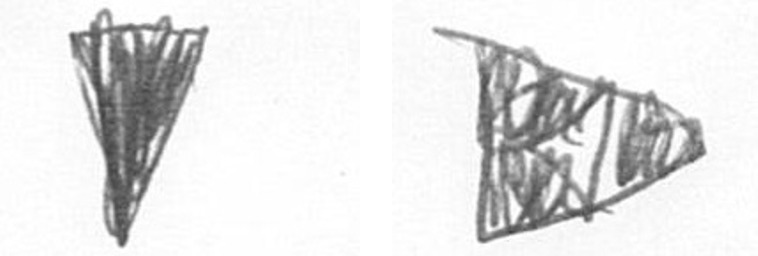
J K